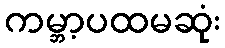
ကမ္ဘာ့ပထမဆုံး